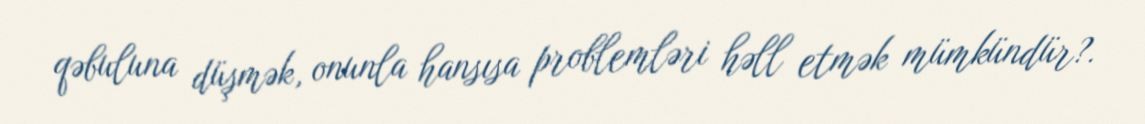
qəbuluna düşmək, onunla hansısa problemləri həll etmək mümkündür?.